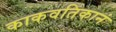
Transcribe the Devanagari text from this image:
काकवतिकानं